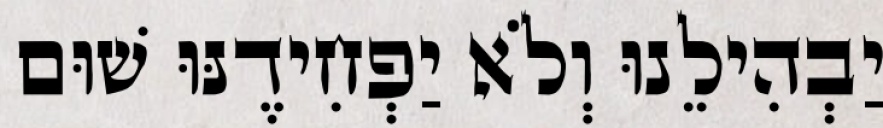
יַבְהִילֵנוּ וְלֹא יַפְחִידֶנּוּ שׁוּם